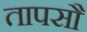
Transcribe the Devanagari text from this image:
तापसौ